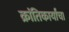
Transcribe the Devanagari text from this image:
क्रांतिकार्यांचा